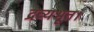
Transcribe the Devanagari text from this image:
द्रव्यभूत।